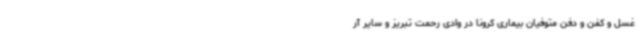
غسل و کفن و دفن متوفیان بیماری کرونا در وادی رحمت تبریز و سایر آر